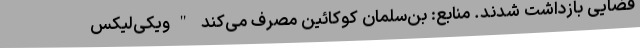
قضایی بازداشت شدند. منابع: بن‌سلمان کوکائین مصرف می‌کند "ویکی‌لیکس